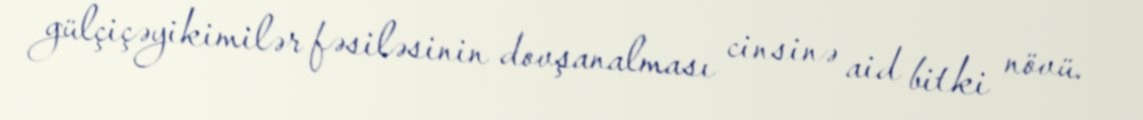
gülçiçəyikimilər fəsiləsinin dovşanalması cinsinə aid bitki növü.